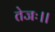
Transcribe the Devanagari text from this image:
तेजः।।